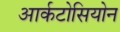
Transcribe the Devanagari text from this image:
आर्कटोसियोन